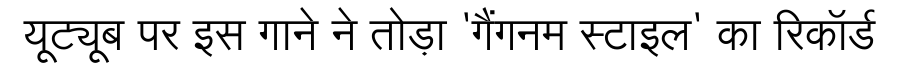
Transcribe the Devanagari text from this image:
यूट्यूब पर इस गाने ने तोड़ा 'गैंगनम स्टाइल' का रिकॉर्ड